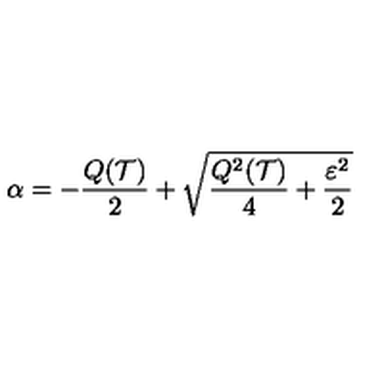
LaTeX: \alpha = - \frac { Q ( { \cal T } ) } { 2 } + \sqrt { \frac { Q ^ { 2 } ( { \cal T } ) } { 4 } + \frac { \varepsilon ^ { 2 } } { 2 } }